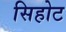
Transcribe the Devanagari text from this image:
सिहोट